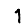
Digit: 1